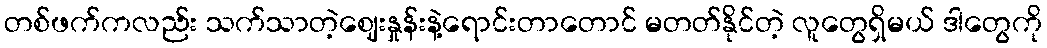
တစ်ဖက်ကလည်း သက်သာတဲ့ဈေးနှုန်းနဲ့ရောင်းတာတောင် မတတ်နိုင်တဲ့ လူတွေရှိမယ် ဒါတွေကို